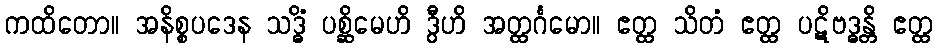
ကထိတော။ အနိစ္စပဒေန သဒ္ဓိံ ပစ္ဆိမေဟိ ဒွီဟိ အတ္ထင်္ဂမော။ ဧတ္ထ သိတံ ဧတ္ထ ပဋိဗဒ္ဓန္တိ ဧတ္ထ